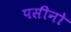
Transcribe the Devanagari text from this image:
पसीनो